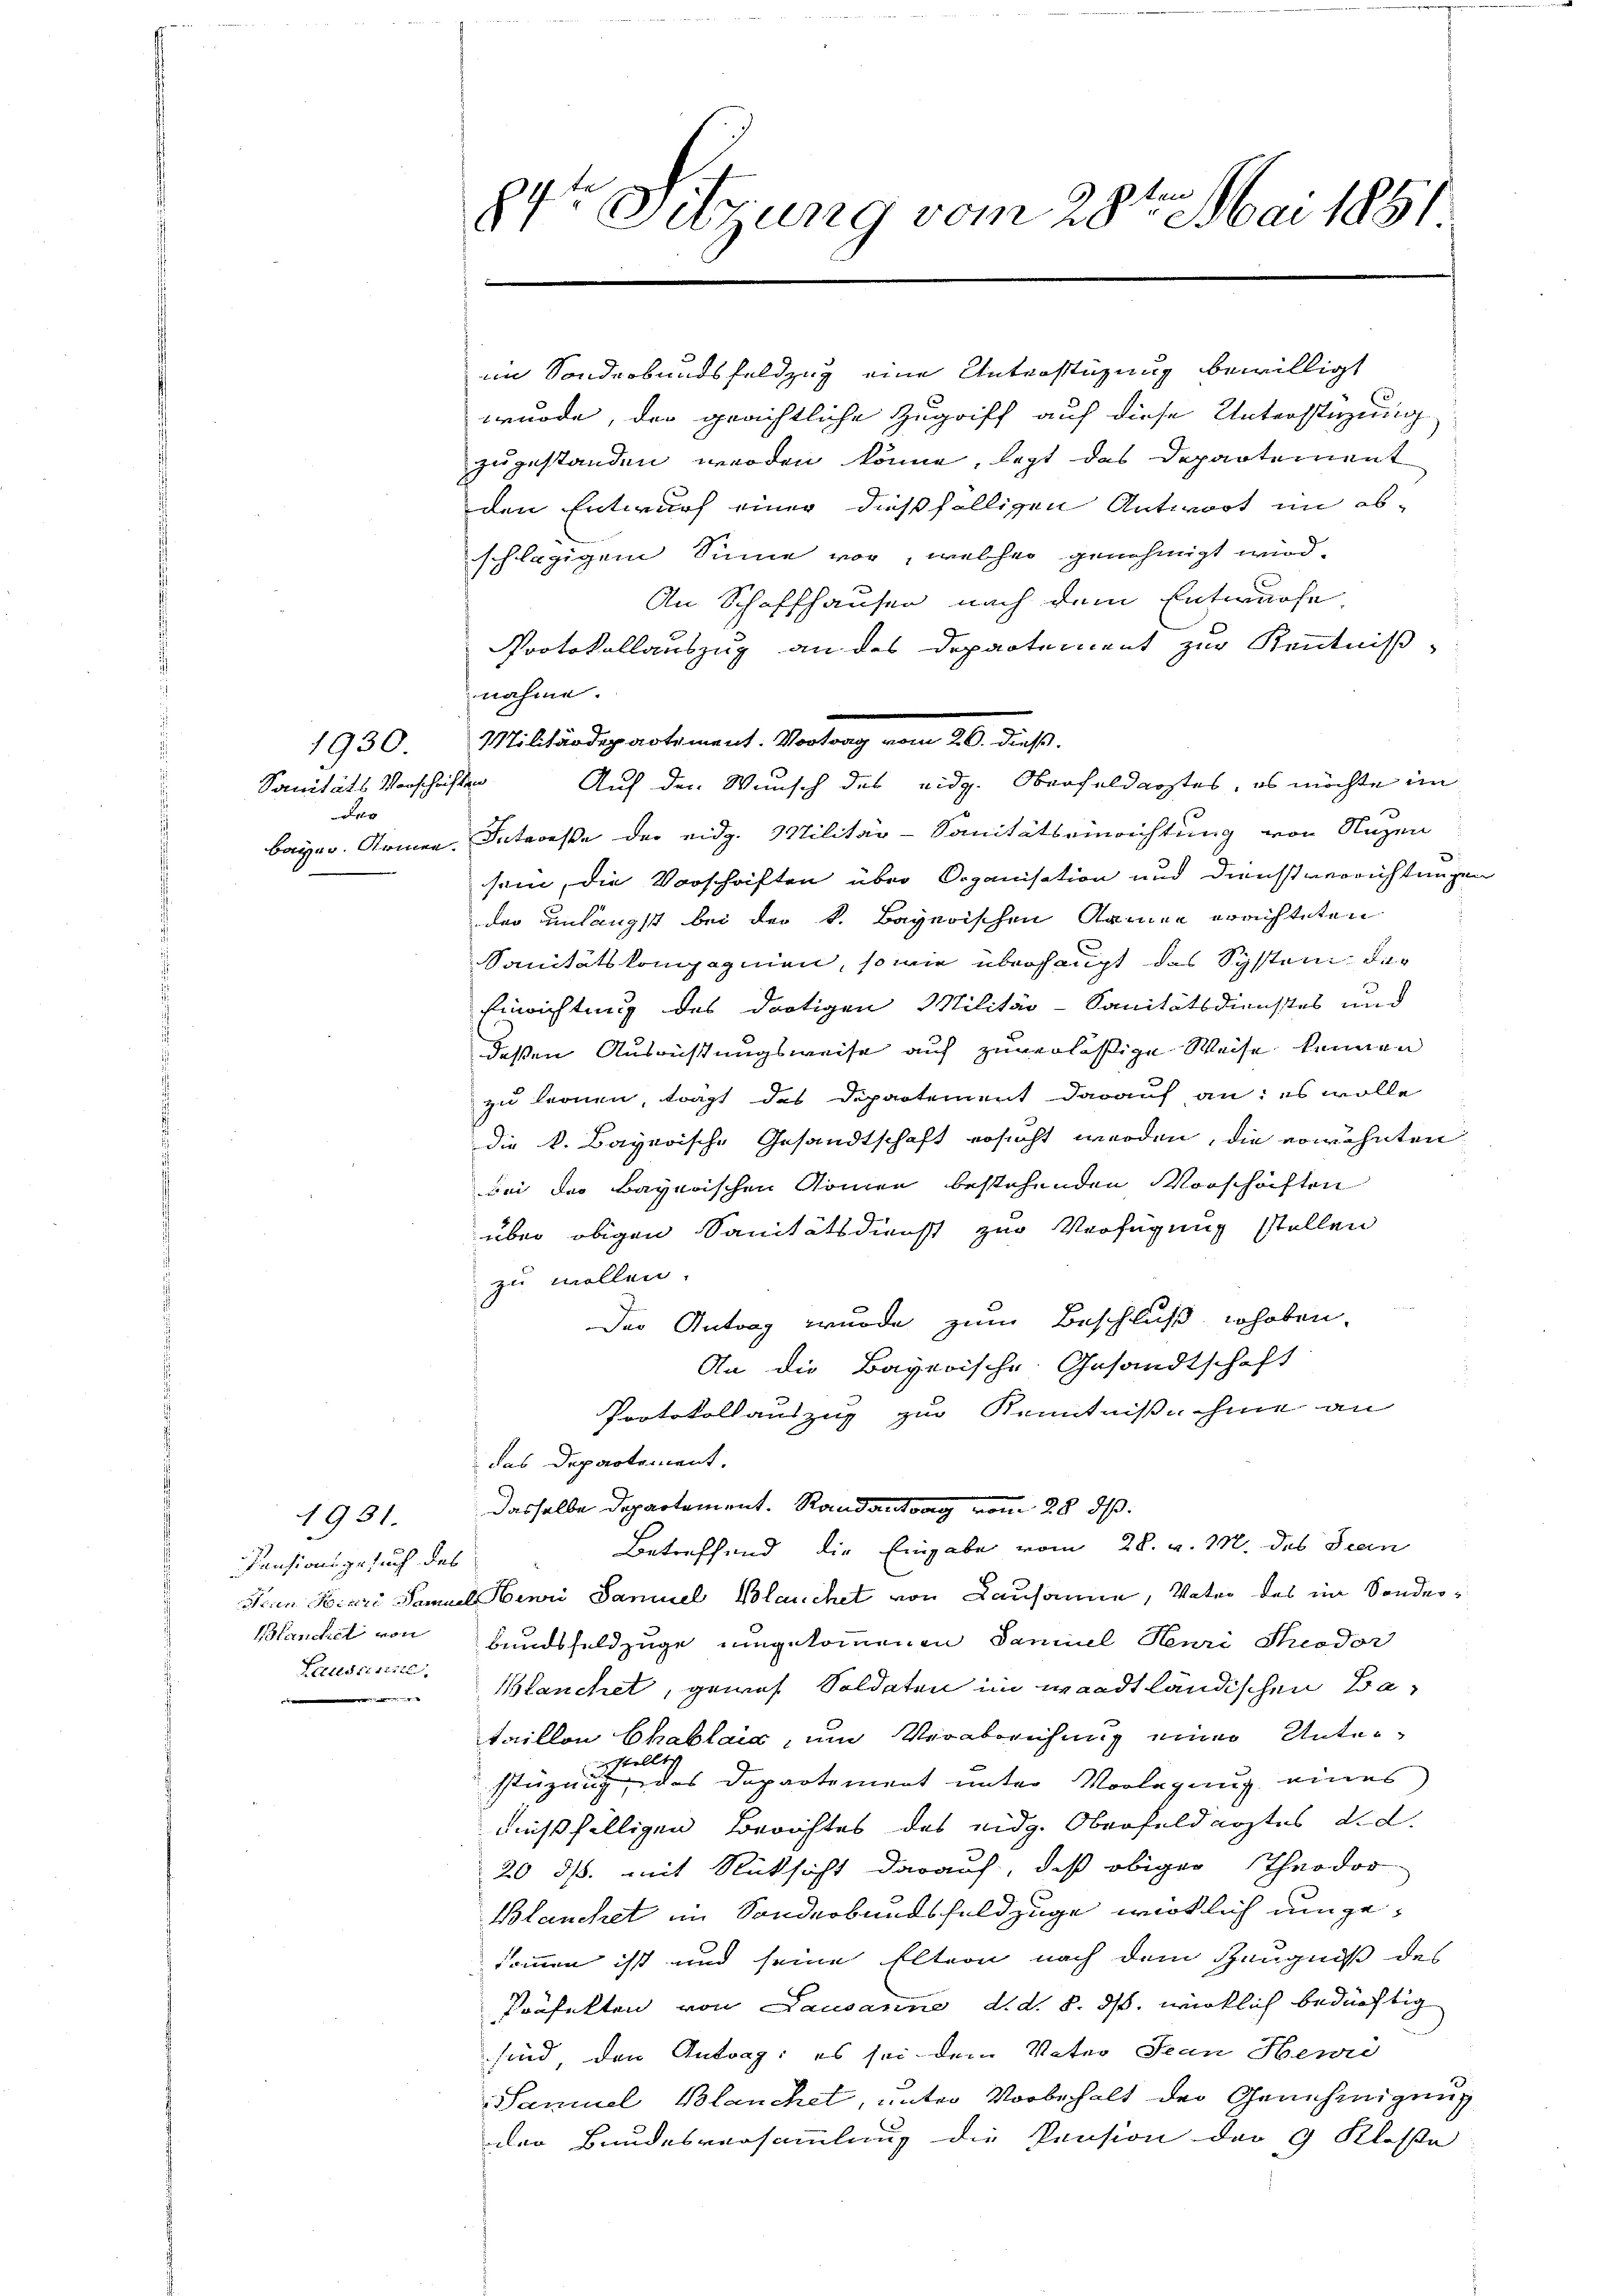
1930.
de

1931.
Pensionsgesuch des
Blanchet von
Fellosikeite,

e

f
te
1
Sitzung vom 28ten Mai 1881

im Sonderbundsfeldzug eine Unterstüzung bewilligt
wurde, der geachtliche Zugriff auf diese Unterstüzung
zugestanden werden könne, legt das Departement
den Entwurf einer dießfälligen Antwort im ab-
schlägigem Sinne vor, welcher genehmigt wird.
An Schaffhauser nach dem Entwurfe,
Protokollauszug an des Departement zur Kenntniß
nahme.
Bayer. Armen. Intereße der eidg. Militar-Sanitätseinrichtung von Nuzen
sein, die Vorschriften über Organisation und Dienstverrichtungen
der unlängst bei der k. Bayerischen Namen errichteten
Sanitätskompagnien, so wie überhaupt das System die
Einrichtung des dortigen Militär-Sanitätsdienstes und
deßen Ausrichtungsweise auf zuverlässige Weise kennen
zu tronen, trägt das Departement darauf an: es wolle
die k. Bayerische Gesandtschaft ersucht werden, die erwähnten
bei der Bayerischen Romen bestehenden Vorschäften
über obigen Sanitätsdienst zur Verfügung stellen
zu wollen.
Der Antrag wurde zum Beschluß erhoben.
An die Bayerische Gesandtschaft
Protokollauszug zur Kenntniße hine an
das Departement.
dasselbe Departement. Randantrag vom 28. ds.
Betreffend die Eingabe vom 28. v. M. des Seen
san Biere Samuel Bewei Samuel Blauchet von Lausanne, Vater des im Sonderbundsfeldzuge umgekommenen Famil Henri Theodor
Blanchet, gewes Soldaten im wardt ländischen Bataillon Chablair, um Verabreichung einer Unterstüzung des Departement unter Vorlegung eines
dußfälligen Berichtes des eidg. Oberfeldarztes d.d.
20 ds. mit Rücksicht darauf, daß obiger Theodor
Blanchet im Sonderbundsfeldzuge wirklich umgekommen ist und seine Eltern nach dem Zeugniß des
Präfekten von Lausanne d. d. 8. ds. wirklich bedürftig
sind, den Antrag: es sei dem Vater Jean Henri
Samuel Blanchet, unter Vorbehalt der Genehmigung
der Bundesversammlung die Pension der 9 Klasse

Militärdepartiment. Vortrag vom 26. dieß.
SanitätsVorschriften Auf den Wunsch des eidg. Oberfeldarztes, es möchte im